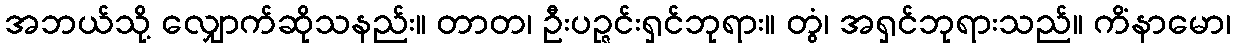
အဘယ်သို့ လျှောက်ဆိုသနည်း။ တာတ၊ ဦးပဉ္ဇင်းရှင်ဘုရား။ တွံ၊ အရှင်ဘုရားသည်။ ကိံနာမော၊